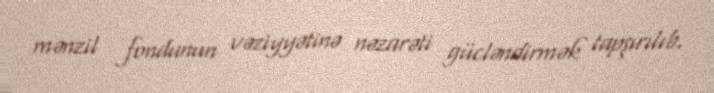
mənzil fondunun vəziyyətinə nəzarəti gücləndirmək tapşırılıb.